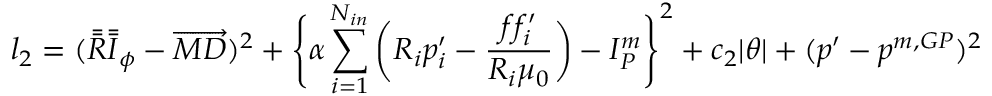
l _ { 2 } = ( \bar { \bar { \boldsymbol { R } } } \bar { \bar { \boldsymbol { I } } } _ { \phi } - \overrightarrow { M D } ) ^ { 2 } + \Bigg \{ \alpha \sum _ { i = 1 } ^ { N _ { i n } } \bigg ( R _ { i } p _ { i } ^ { \prime } - \frac { f f _ { i } ^ { \prime } } { R _ { i } \mu _ { 0 } } \bigg ) - I _ { P } ^ { m } \Bigg \} ^ { 2 } + c _ { 2 } | \theta | + ( p ^ { \prime } - p ^ { m , G P } ) ^ { 2 }